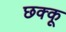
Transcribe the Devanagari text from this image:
छक्कू